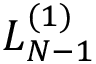
L _ { N - 1 } ^ { ( 1 ) }